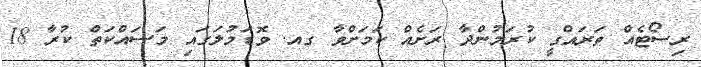
ރިސޯޓެއް ތަރައްގީ ކުރަމުންދާ ރަށެއް ކަމަށްވާ ގއ. ވޮޑަމުލަގައި މަސައްކަތް ކުރާ 18